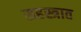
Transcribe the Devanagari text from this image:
सहस्त्रात